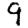
Digit: 9